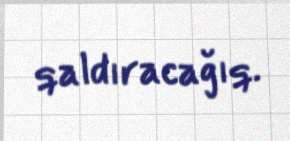
qaldıracağıq.